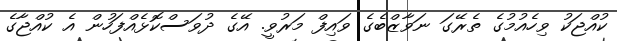
ކުއްޖަކު ވިހެއުމުގެ ތެރޭގަ ނަވާޒްބެގެ ވައިފް މަރުވީ. އޭގެ ދުވަސްކޮޅެއްފަހުން އެ ކުއްޖާގެ